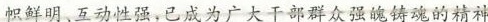
帜鲜明、互动性强，已成为广大干部群众强魄铸魂的精神